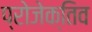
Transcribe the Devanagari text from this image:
प्रोजेक्तिव